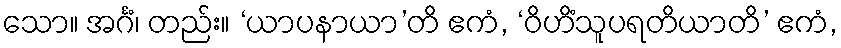
သော။ အင်္ဂံ၊ တည်း။ ‘ယာပနာယာ’တိ ဧကံ, ‘ဝိဟိံသူပရတိယာတိ’ ဧကံ,